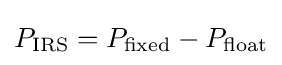
P_{\text{IRS}}=P_{\text{fixed}}-P_{\text{float}}